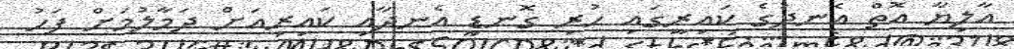
އާލިޔާ އޮތް އެނދުގެ ކައިރީގައި ހުރި ގޮނޑި އެނދާއި ކައިރިއަށް ދަމާލުމަށް ފަހު